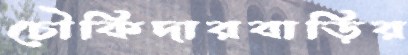
চৌকিদারবাড়ির